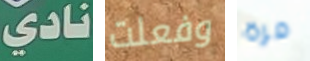
نادي وفعلت مرة